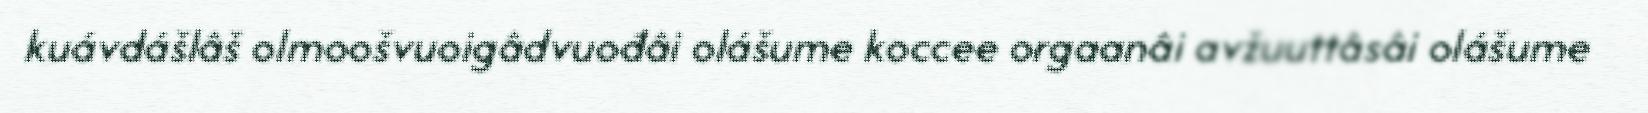
kuávdášlâš olmoošvuoigâdvuođâi olášume koccee orgaanâi avžuuttâsâi olášume